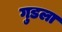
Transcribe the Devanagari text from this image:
गुडला